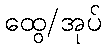
ထွေ/အုပ်